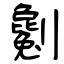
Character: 劖